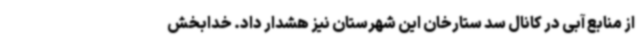
از منابع آبی در کانال سد ستارخان این شهرستان نیز هشدار داد. خدابخش